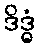
ဒိဒ္ဓံ